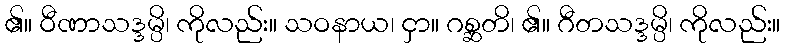
၏။ ဝီဏာသဒ္ဒမ္ပိ၊ ကိုလည်း။ သဝနာယ၊ ငှာ။ ဂစ္ဆတိ၊ ၏။ ဂီတသဒ္ဒမ္ပိ၊ ကိုလည်း။